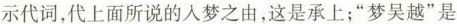
示代词，代上面所说的入梦之由，这是承上；”梦吴越”是